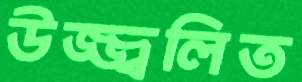
উজ্জ্বলিত